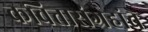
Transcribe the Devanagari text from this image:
कवितासंग्रहांचे